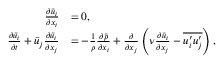
\begin{array} { r l } { \frac { \partial \bar { u } _ { i } } { \partial x _ { i } } } & { = 0 , } \\ { \frac { \partial \bar { u } _ { i } } { \partial t } + \bar { u } _ { j } \frac { \partial \bar { u } _ { i } } { \partial x _ { j } } } & { = - \frac { 1 } { \rho } \frac { \partial \bar { p } } { \partial x _ { i } } + \frac { \partial } { \partial x _ { j } } \left( \nu \frac { \partial \bar { u } _ { i } } { \partial x _ { j } } - \overline { { u _ { i } ^ { \prime } u _ { j } ^ { \prime } } } \right) , } \end{array}